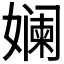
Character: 𫝮